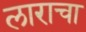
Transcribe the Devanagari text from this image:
लाराचा